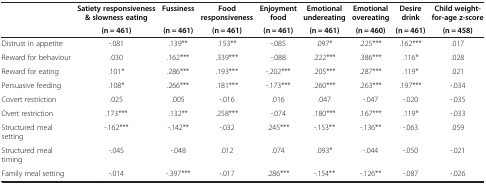
<table><thead><tr><td rowspan="2"><b> </b></td><td><b>Satiety responsiveness &amp; slowness eating</b></td><td><b>Fussiness</b></td><td><b>Food responsiveness</b></td><td><b>Enjoyment food</b></td><td><b>Emotional undereating</b></td><td><b>Emotional overeating</b></td><td><b>Desire drink</b></td><td><b>Child weight-for-age z-score</b></td></tr><tr><td><b>(n = 461)</b></td><td><b>(n = 461)</b></td><td><b>(n = 461)</b></td><td><b>(n = 461)</b></td><td><b>(n = 461)</b></td><td><b>(n = 460)</b></td><td><b>(n = 461)</b></td><td><b>(n = 458)</b></td></tr></thead><tbody><tr><td>Distrust in appetite</td><td>-.081</td><td>.139**</td><td>.153**</td><td>-.085</td><td>.097*</td><td>.225***</td><td>.162***</td><td>.017</td></tr><tr><td>Reward for behaviour</td><td>.030</td><td>.162***</td><td>.339***</td><td>-.088</td><td>.222***</td><td>.386***</td><td>.116*</td><td>.028</td></tr><tr><td>Reward for eating</td><td>.101*</td><td>.286***</td><td>.193***</td><td>-.202***</td><td>.205***</td><td>.287***</td><td>.119*</td><td>.021</td></tr><tr><td>Persuasive feeding</td><td>.108*</td><td>.266***</td><td>.181***</td><td>-.173***</td><td>.260***</td><td>.263***</td><td>.197***</td><td>-.034</td></tr><tr><td>Covert restriction</td><td>.025</td><td>.005</td><td>-.016</td><td>.016</td><td>.047</td><td>-.047</td><td>-.020</td><td>-.035</td></tr><tr><td>Overt restriction</td><td>.173***</td><td>.132**</td><td>.258***</td><td>-.074</td><td>.180***</td><td>.167***</td><td>.119*</td><td>-.033</td></tr><tr><td>Structured meal setting</td><td>-.162***</td><td>-.142**</td><td>-.032</td><td>.245***</td><td>-.153**</td><td>-.136**</td><td>-.063</td><td>.059</td></tr><tr><td>Structured meal timing</td><td>-.045</td><td>-.048</td><td>.012</td><td>.074</td><td>.093*</td><td>-.044</td><td>-.050</td><td>-.021</td></tr><tr><td>Family meal setting</td><td>-.014</td><td>-.397***</td><td>-.017</td><td>.286***</td><td>-.154**</td><td>-.126**</td><td>-.087</td><td>-.026</td></tr></tbody></table>